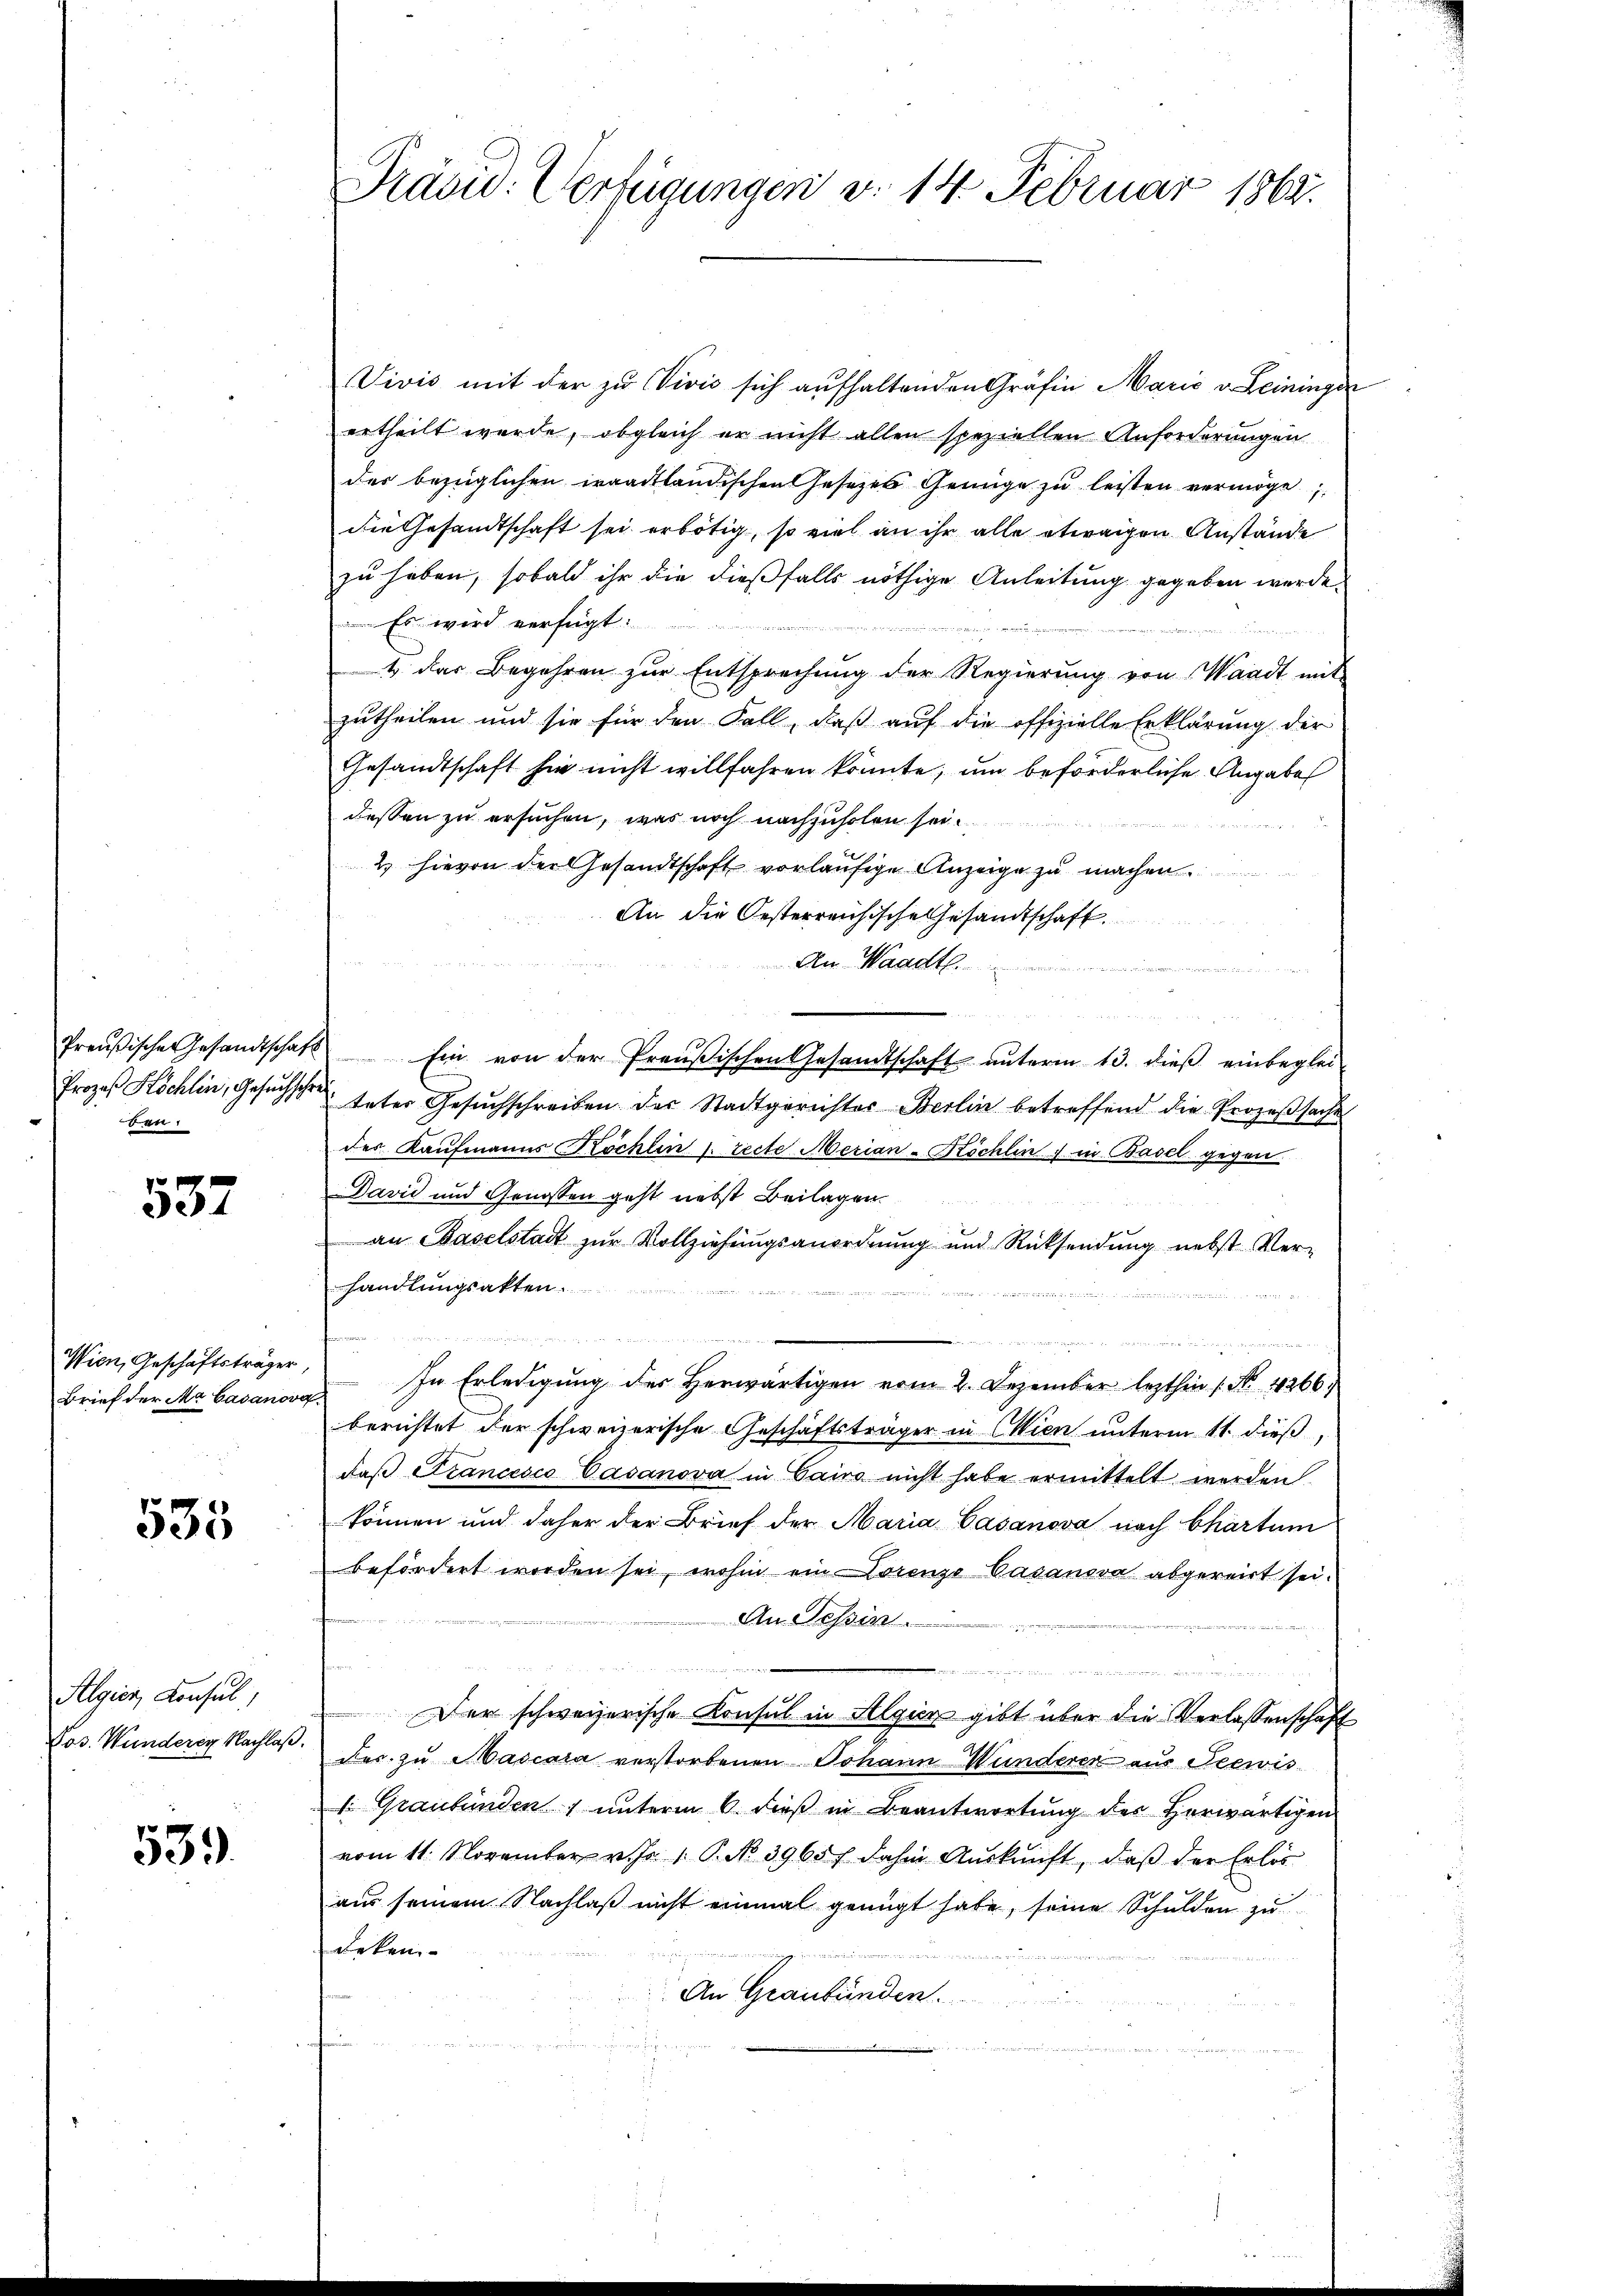
ben,

537

Brief der Ma Gasanorg

535

Algien Konsul
Pos. Wunderen Nachlaß.

539.

Vivis mit der zu Vivis sich aufhaltenden Gräfin Marić v. Leiningen
ertheilt werde, obgleich er nicht allen speziellen Anforderungen
der bezüglichen waadtländischen Gesetzes Genüge zu leisten vermöge
die Gesandtschaft sei erbötig, so viel an ihr alle etwaigen Anstände
zu haben, sobald ihr die dießfalls nöthige Anleitung gegeben werde.
Es wird verfügt:
o nament der eine
4 das Begehren zŭr Entsprechŭng der Regierŭng von Waadt mit
zutheilen und sie für den Fall, daß auf die offizielle Erklärung der
Gesandtschaft hier nicht willfahren könnte, um beförderliche Angabe
dessen zu ersuchen, was noch nachzuholen sei.
2 hievon der Gesandtschaft vorläufige Anzeige zu machen.
An die Oesterreichische Gesandtschaft
An Waadt
wägen
Preußische Gesandtschaft Ein von der Preußischen Gesandtschaft ŭnterm 13. dieβ einbeglei-
Prozeß Köchlin, Gesuchsichteter Gesuchschreiben des Stadtgerichter Berlin betreffend die Prozeßsache
des Kaŭfmanns Köchlin /: recte Merian-Köchlin, in Basel gegen
Davić und Genossen geht nebst Beilagen

an Baselstadt zur Vollziehungsanordnung und Rücksendung nebst Ver-
handlungsakten.
i

er   sie in einem ein
Wien, Geschäftsträger, In Erledigŭng der herwärtigen vom 2. Dezember lezthin 1. No. 4266)
berichtet der schweizerische Geschäftsträger in Wien unterm 11. dieß,
daβ Francesco Casanova in Cairo nicht habe ermittelt werden
können und daher der Brief der Maria Gasanova nach Chartem
befördert worden sei, wohin ein Lorenze Casanova abgereist sei.
An Tessin.
Wir wo
.
Der schweizerische Konsul in Algicz gibt über die Verlassenschaft
des zu Mascara verstorbenen Johann Wunderer aus Seewis
1 Graubünden unterm 6. dieß in Beantwortung der herwärtigen
vom 11. November v. Js. 1. P. No. 39657 dahin Aŭskŭnft, daβ der Erlös
aus seinem Nachlaß nicht einmal genügt habe, seine Schulden zu
Reken-

An Graubünden.

Präsid. Verfügungen d. 14. Februar 1864.